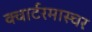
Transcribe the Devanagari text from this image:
क्वार्टरमास्चर